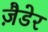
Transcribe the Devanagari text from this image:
ज़ैडेर